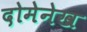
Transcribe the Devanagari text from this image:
दोमेनेख